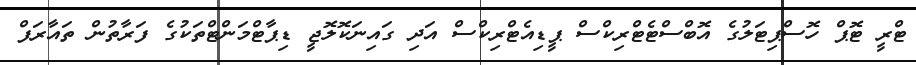
ޓްރީ ޓޮޕް ހޮސްޕިޓަލުގެ އޮބްސްޓެޓްރިކްސް ޕީޑިއެޓްރިކްސް އަދި ގައިނަކޮލޮޖީ ޑިޕާޓްމަންޓްތަކުގެ ފަރާތުން ތައާރަފް